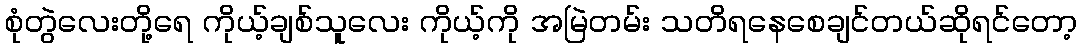
စုံတွဲလေးတို့ရေ ကိုယ့်ချစ်သူလေး ကိုယ့်ကို အမြဲတမ်း သတိရနေစေချင်တယ်ဆိုရင်တော့